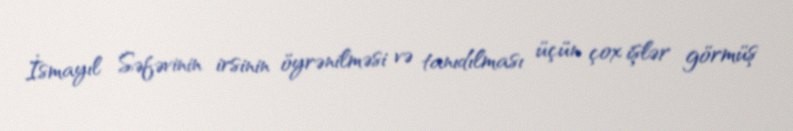
İsmayıl Səfəvinin irsinin öyrənilməsi və tanıdılması üçün çox işlər görmüş